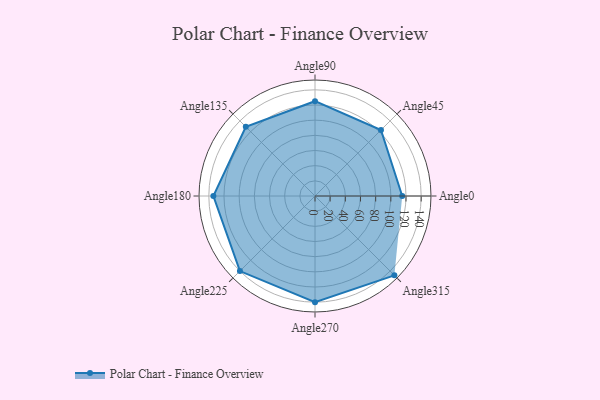
{"axis": {"x": "Angle", "y": "Radius"}, "legend": [""], "data": [{"x": "Angle0", "y": 115.0, "type": ""}, {"x": "Angle45", "y": 123.0, "type": ""}, {"x": "Angle90", "y": 125.0, "type": ""}, {"x": "Angle135", "y": 129.0, "type": ""}, {"x": "Angle180", "y": 134.0, "type": ""}, {"x": "Angle225", "y": 140.0, "type": ""}, {"x": "Angle270", "y": 140.0, "type": ""}, {"x": "Angle315", "y": 148.0, "type": ""}]}